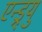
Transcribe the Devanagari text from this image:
एन्ड्र्यु